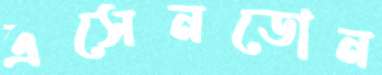
এসেনডোন